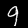
Label: 9